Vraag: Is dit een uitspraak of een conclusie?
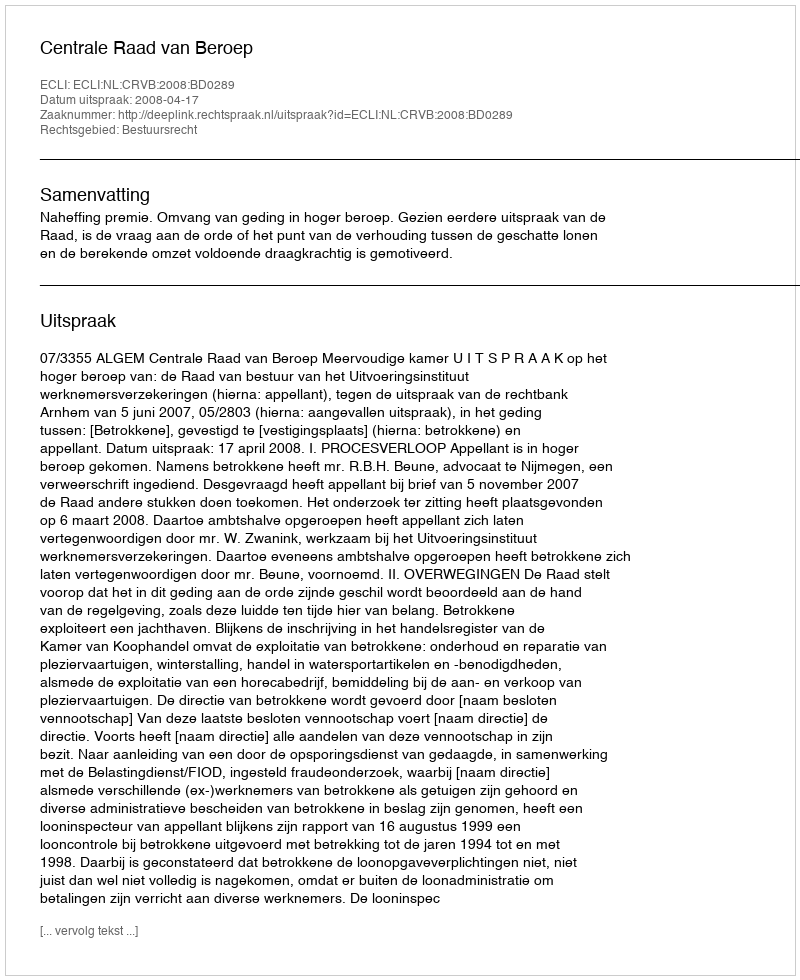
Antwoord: Uitspraak